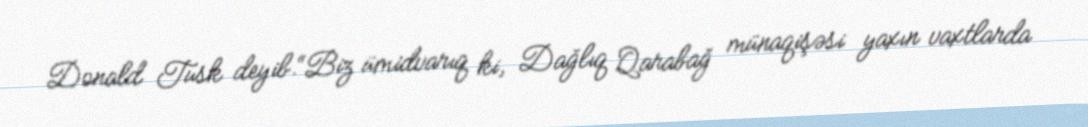
Donald Tusk deyib.“Biz ümidvarıq ki, Dağlıq Qarabağ münaqişəsi yaxın vaxtlarda